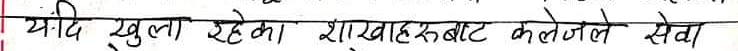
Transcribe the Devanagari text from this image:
यदि खुला रहेमा शाखा हरुबाट कलेजले सेवा